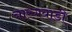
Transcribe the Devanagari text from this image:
नारंगवाडी